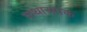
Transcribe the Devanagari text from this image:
कथासपक